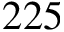
2 2 5